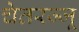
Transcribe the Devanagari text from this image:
चेतरज्जू